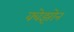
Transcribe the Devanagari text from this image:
क्वेझोन